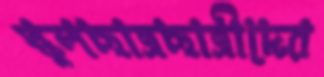
স্কুলছাত্রছাত্রীদের